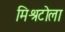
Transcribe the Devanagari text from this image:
मिश्रटोला